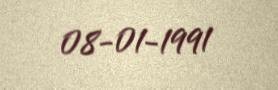
08-01-1991